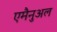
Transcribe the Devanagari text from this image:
एमैनुअल